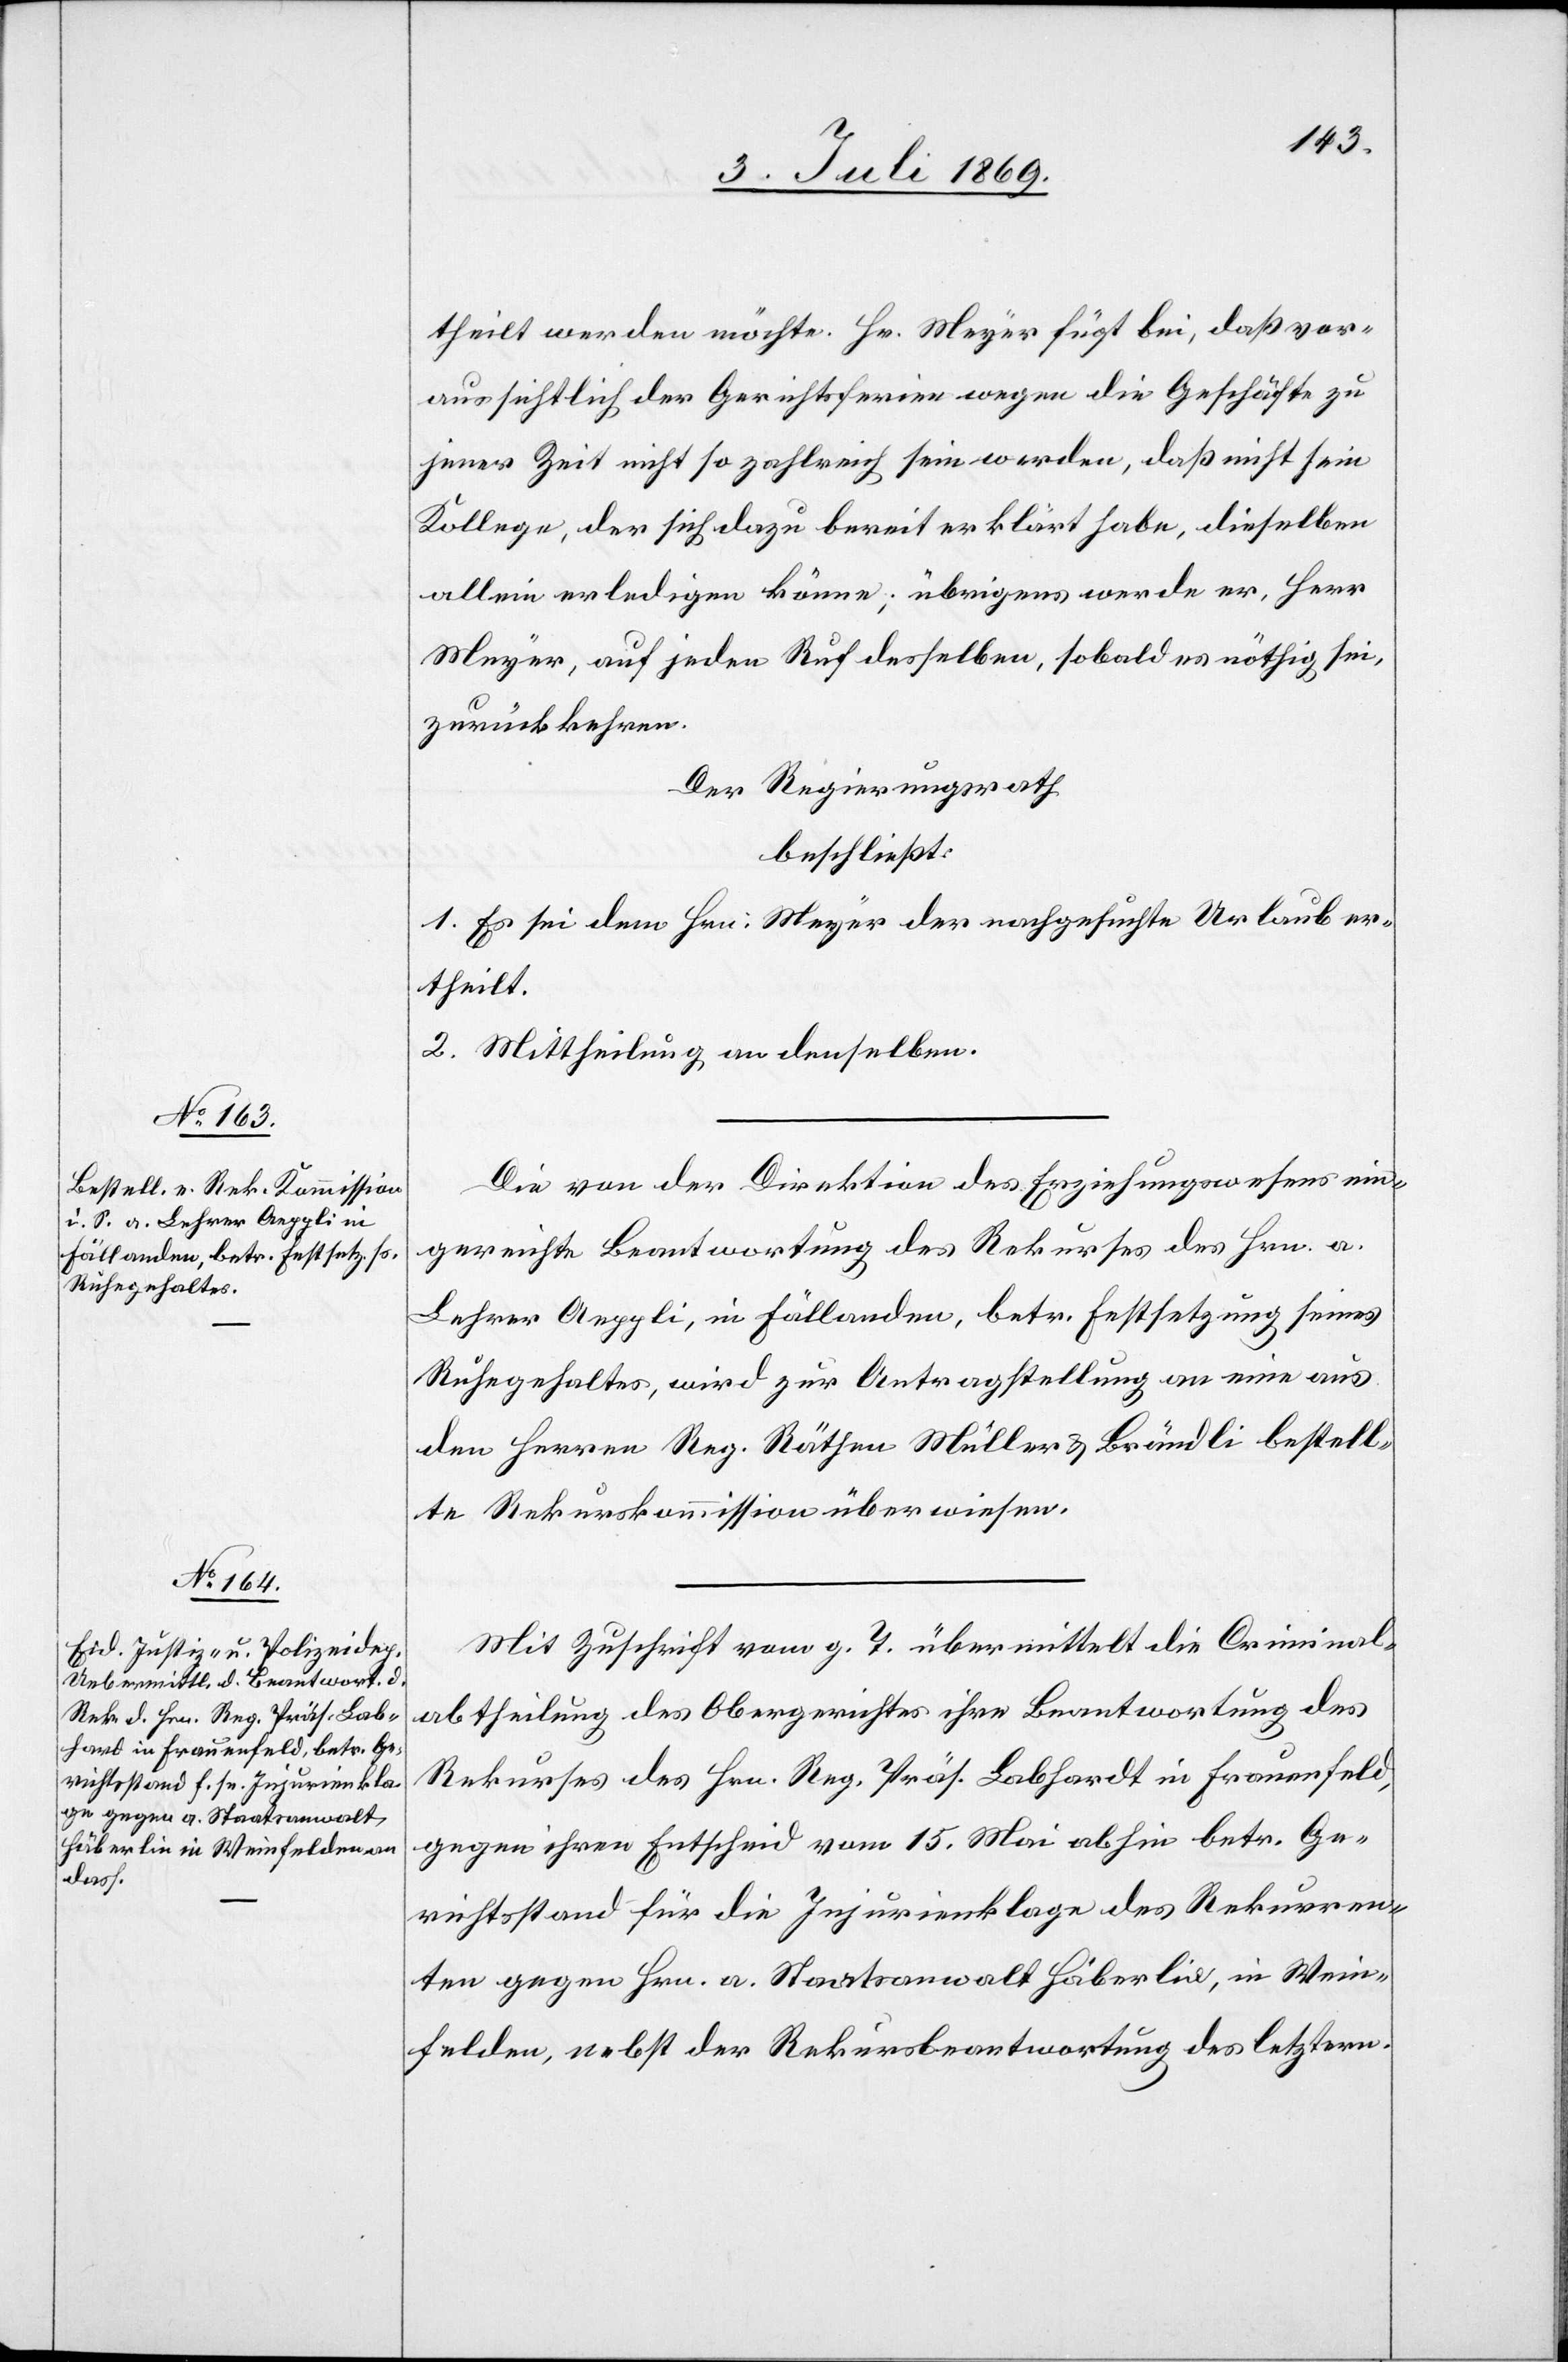
theilt werden möchte. Hr. Meyer fügt bei, daß vor¬
aussichtlich der Gerichtsferien wegen die Geschäfte zu
jener Zeit nicht so zahlreich sein werden, daß nicht sein
Kollege, der sich dazu bereit erklärt habe, dieselben
allein erledigen könne; übrigens werde er, Herr
Meyer, auf jeden Ruf desselben, sobald es nöthig sei,
zurückkehren.
Der Regierungsrath
beschließt:
1. Es sei dem Hrn. Meyer der nachgesuchte Urlaub er¬
theilt.
2. Mittheilung an denselben.
Die von der Direktion des Erziehungswesens ein¬
gereichte Beantwortung des Rekurses des Hrn. a.
Lehrer Aeppli, in Fällanden, betr. Festsetzung seines
Ruhegehaltes, wird zur Antragstellung an eine aus
den Herren Reg. Räthen Müller u. Brändli bestell¬
ten Rekurskommission überwiesen.
Mit Zuschrift vom g. T. übermittelt die Criminal¬
abtheilung des Obergerichtes ihre Beantwortung des
Rekurses des Hrn. Reg. Präs. Labhardt [sic!] in Frauenfeld,
gegen ihren Entscheid vom 15 Mai abhin betr. Ge¬
richtsstand für die Injurienklage des Rekurren¬
ten gegen Hrn. a. Staatsanwalt Häberlin, in Wein¬
felden, nebst der Rekursbeantwortung des letztern.